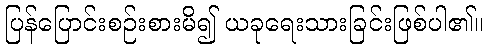
ပြန်ပြောင်းစဉ်းစားမိ၍ ယခုရေးသားခြင်းဖြစ်ပါ၏။